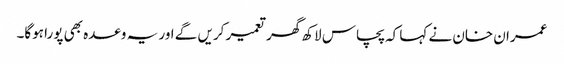
عمران خان نے کہا کہ پچاس لاکھ گھر تعمیر کریں گے اور یہ وعدہ بھی پورا ہوگا۔